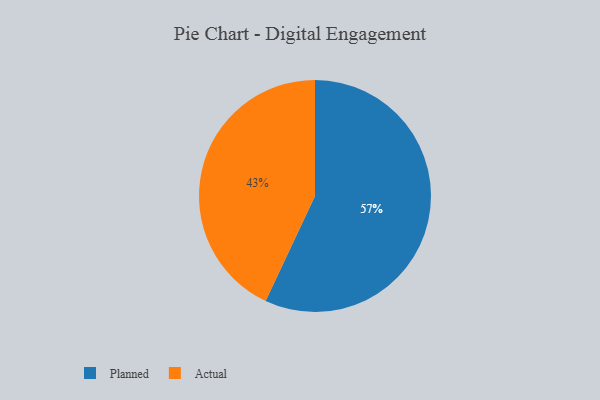
{"axis": {"x": "Category", "y": "Percentage"}, "legend": ["Actual", "Planned"], "data": [{"x": "Planned", "y": 57, "type": "Planned"}, {"x": "Actual", "y": 43, "type": "Actual"}]}